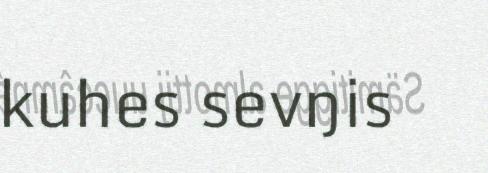
kuhes sevŋis